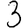
Digit: 3